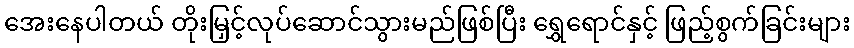
အေးနေပါတယ် တိုးမြှင့်လုပ်ဆောင်သွားမည်ဖြစ်ပြီး ရွှေရောင်နှင့် ဖြည့်စွက်ခြင်းများ